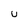
Character: U